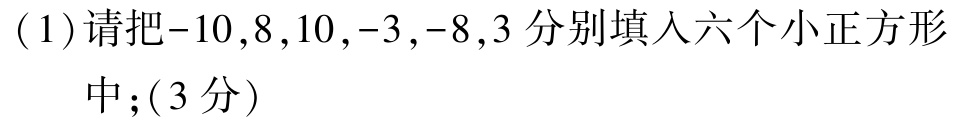
(1)请把\(-10,8,10,-3,-8,3\)分别填入六个小正方形中；（3分）